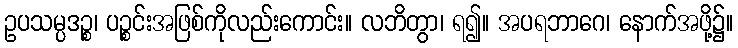
ဥပသမ္ပဒဉ္စ၊ ပဉ္စင်းအဖြစ်ကိုလည်းကောင်း။ လဘိတွာ၊ ရ၍။ အပရဘာဂေ၊ နောက်အဖို့၌။